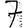
Digit: 7